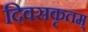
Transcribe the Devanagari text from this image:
दिवसकृतम्‌